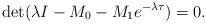
LaTeX: \begin{align*}\det(\lambda I-M_0-M_1 e^{-\lambda\tau})=0.\end{align*}